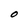
Character: O